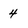
Character: 4